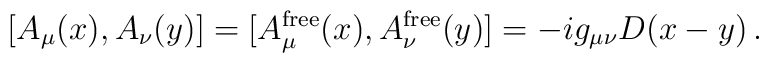
[A_\mu(x),A_\nu(y)]=[A_\mu^{\mathrm{free}}(x),A_\nu^{\mathrm{free}}(y)]=-ig_{\mu\nu}D(x-y)\,.